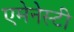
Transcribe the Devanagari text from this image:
एमेनेस्टी